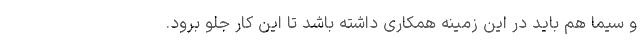
و سیما هم باید در این زمینه همکاری داشته باشد تا این کار جلو برود.